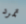
تمرد